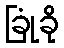
ခြုံခို